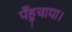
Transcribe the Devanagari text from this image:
पँहुचाया।